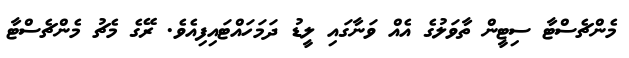
މެންޗެސްޓާ ސިޓީން ތާވަލުގެ އެއް ވަނާގައި ލީޑު ދަމަހައްޓައިފިއެވެ. ރޭގެ މެޗު މެންޗެސްޓާ